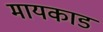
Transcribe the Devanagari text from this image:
मायकाड